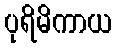
ပုရိမိကာယ